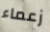
زعماء